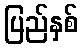
ပြည်နှစ်